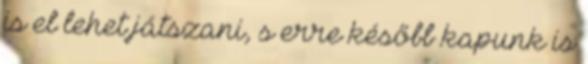
is el lehet játszani, s erre később kapunk is